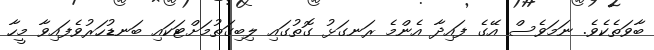
ބާވަތެކެވެ. ނަމަވެސް އޭގެ ފައިދާ އެންމެ ރަނގަޅު ގޮތުގައި ލިބިގަތުމަށްޓަކައި ބަނޑުހަރުވެފައިވާ މީހާ